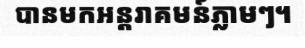
បានមកអន្តរាគមន៍ភ្លាមៗ។